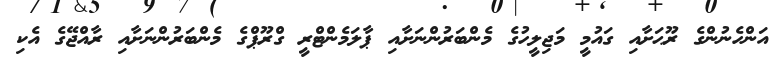
އަންހެނުންގެ ރޫޙަށާއި ގައުމީ މަޖިލީހުގެ މެންބަރުންނަށާއި ޕާލަމެންޓްރީ ގްރޫޕްގެ މެންބަރުންނަށާއި ރާއްޖޭގެ އެކި